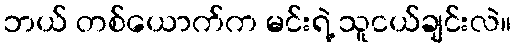
ဘယ် တစ်ယောက်က မင်းရဲ့ သူငယ်ချင်းလဲ။